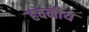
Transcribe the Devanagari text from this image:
हवनीय